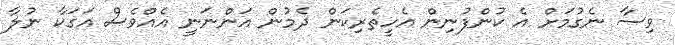
ވިސާ ނެގުމަށް އެ ކުންފުނިން އެހީތެރިކަން ދެމުން އަންނަނީ އެއްވެސް އަގަކާ ނުލާ